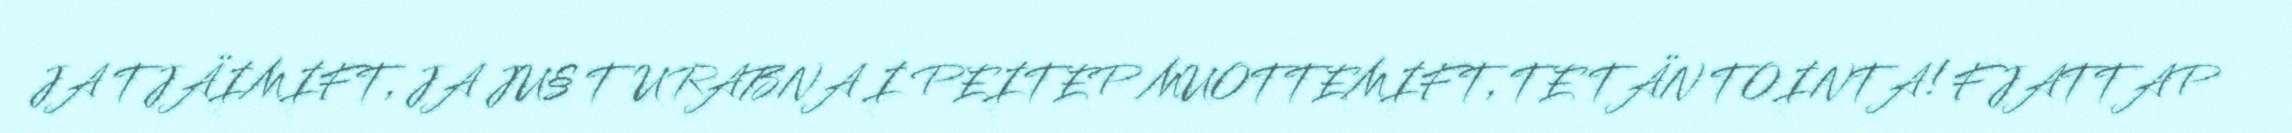
JA TJÄIMIFT, JA JU§ TU RABNA I PEITEP MUOTTEMIFT, TE TÄN TOINTA! FJATTAP